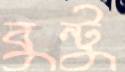
বুন্টু